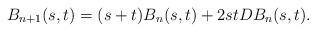
LaTeX: \begin{align*}B_{n+1}(s,t) = (s+t)B_n(s,t) + 2st D B_n(s,t).\end{align*}